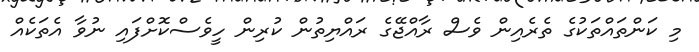
މި ކަންތައްތަކުގެ ތެރެއިން ވެސް ރާއްޖޭގެ ރައްޔިތުން ކުރިން ހީވެސްކޮށްފައި ނުވާ އެތަކެއް